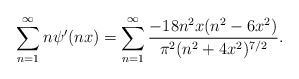
\begin{align*} \sum_{n=1}^{\infty} n \psi'(nx) = \sum_{n=1}^{\infty} \frac{-18n^{2} x (n^{2}-6x^{2})}{\pi^{2} (n^{2} + 4x^{2})^{7/2}}.\end{align*}